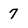
Character: 7